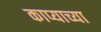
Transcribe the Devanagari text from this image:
काप्याच्या